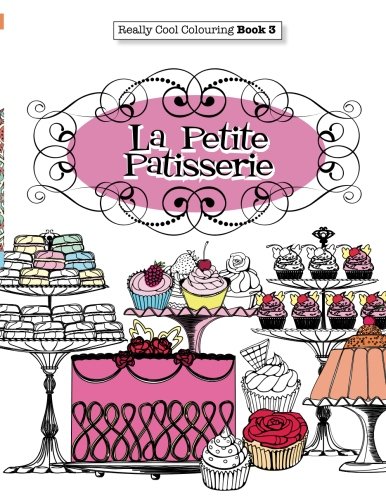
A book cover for Really COOL Colouring  Book 3: La Petite Patisserie (Really COOL  Colouring Books) (Volume 3); Elizabeth James; Cookbooks, Food & Wine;